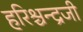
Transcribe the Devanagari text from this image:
हरिश्चन्द्रजी